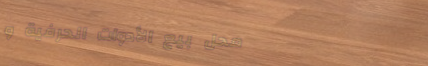
محل بيع الأدوات الحرفية و